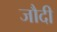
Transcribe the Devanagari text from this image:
जौदी